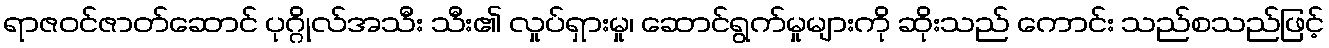
ရာဇဝင်ဇာတ်ဆောင် ပုဂ္ဂိုလ်အသီး သီး၏ လှုပ်ရှားမှု၊ ဆောင်ရွက်မှုများကို ဆိုးသည် ကောင်း သည်စသည်ဖြင့်